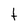
Character: t